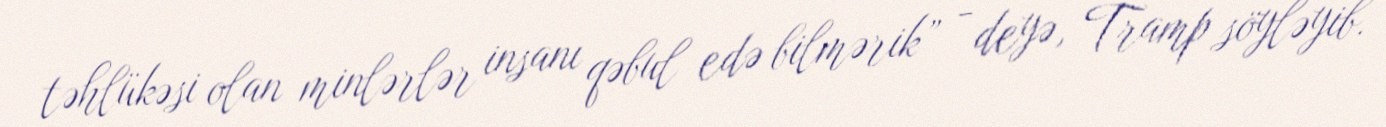
təhlükəsi olan minlərlər insanı qəbul edə bilmərik” - deyə, Tramp söyləyib.